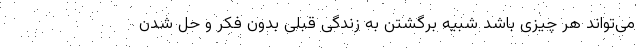
می‌تواند هر چیزی باشد شبیه برگشتن به زندگی قبلی بدون فکر و حل شدن